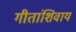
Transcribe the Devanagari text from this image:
गीतांशिवाय